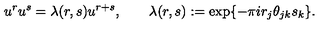
u ^ { r } u ^ { s } = \lambda ( r , s ) u ^ { r + s } , \qquad \lambda ( r , s ) : = \exp \{ - \pi i r _ { j } \theta _ { j k } s _ { k } \} .